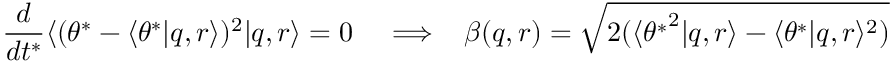
\frac { d } { d t ^ { * } } \langle ( \theta ^ { * } - \langle \theta ^ { * } | q , r \rangle ) ^ { 2 } | q , r \rangle = 0 \; \; \; \implies \; \; \beta ( q , r ) = \sqrt { 2 ( \langle { \theta ^ { * } } ^ { 2 } | q , r \rangle - \langle \theta ^ { * } | q , r \rangle ^ { 2 } ) }